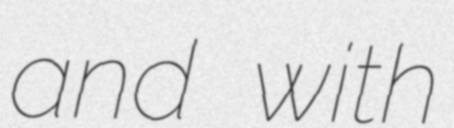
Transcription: and with